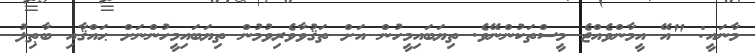
މާނައީ: "އޭ އީމާންވެއްޖެ މީސްތަކުންނޭވެ. ތިޔަބައިމީހުން އަށް ތަޤުވާވެރިވުމުން ތިޔަބައިމީހުންނަށް ޙައްޤާއި ބާޠިލު